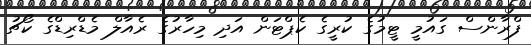
ފްރާންސް ގައުމީ ޓީމުގެ ކުރީގެ ކެޕްޓަން އަދި މިހާރުގެ ރެއާލް މެޑްރިޑްގެ ކޯޗު